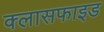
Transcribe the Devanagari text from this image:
क्लासफाइड